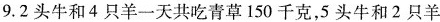
9.2头牛和4只羊一天共吃青草150千克，5头牛和2只羊